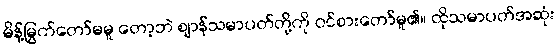
မိန့်မြွက်တော်မမူ တော့ဘဲ ဈာန်သမာပတ်တို့ကို ဝင်စားတော်မူ၏။ ထိုသမာပတ်အဆုံး